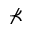
\nprec